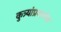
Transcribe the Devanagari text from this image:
कुत्र्यांप्रमाणेच